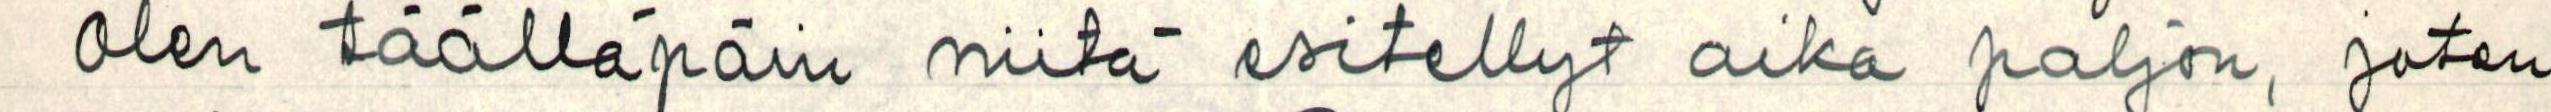
Olen täälläpäin niitä esitellyt aika paljon, joten